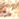
لن